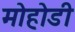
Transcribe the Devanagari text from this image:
मोहोडी